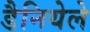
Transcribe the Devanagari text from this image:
डैनियेले